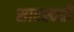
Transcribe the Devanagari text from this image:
सारस्वती